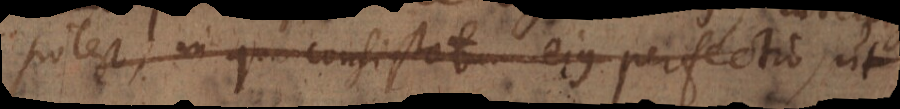
potest in quo consistat ejus perfectio,